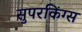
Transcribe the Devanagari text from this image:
सुपरकिंग्स